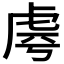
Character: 𧆪